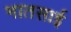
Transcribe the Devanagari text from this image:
भातसाई